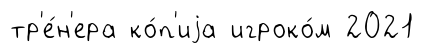
тр'е́н'ера ко́п'иjа игроко́м 2021